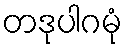
တဒုပါဂမုံ